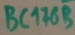
Text: BC176B